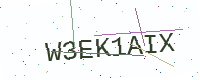
Text: W3EK1AIX